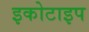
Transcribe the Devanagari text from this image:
इकोटाइप